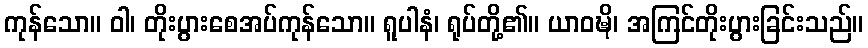
ကုန်သော။ ဝါ၊ တိုးပွားစေအပ်ကုန်သော။ ရူပါနံ၊ ရုပ်တို့၏။ ယာဝဍ္ဎိ၊ အကြင်တိုးပွားခြင်းသည်။